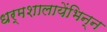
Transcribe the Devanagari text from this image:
धर्मशालायेंभिन्न